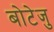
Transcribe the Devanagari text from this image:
बोटेजु